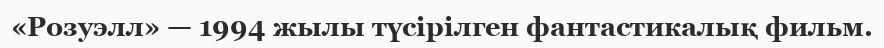
«Розуэлл» — 1994 жылы түсірілген фантастикалық фильм.